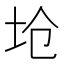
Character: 𱖏